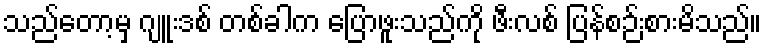
သည်တော့မှ ဂျူးဒစ် တစ်ခါက ပြောဖူးသည်ကို ဖီးလစ် ပြန်စဉ်းစားမိသည်။